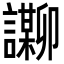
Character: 𬣌